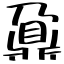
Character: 鼐